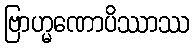
ဗြာဟ္မဏောပိဿာဿ